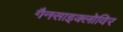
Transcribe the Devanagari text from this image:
गैनसाइक्लोविर